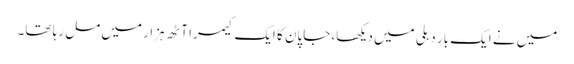
میں نے ایک بار دہلی میں دیکھا، جاپان کا ایک کیمرا آٹھ ہزار میں مل رہا تھا۔